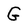
Character: G